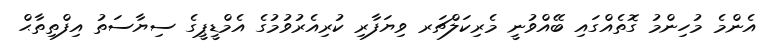
އެންމެ މުހިންމު ގޮތެއްގައި ބޭއްވުނީ މެރިކަލްޗަރ ވިޔަފާރި ކުރިއެރުވުމުގެ އެމްޑީޕީގެ ސިޔާސަތު އިފްތިތާޙް